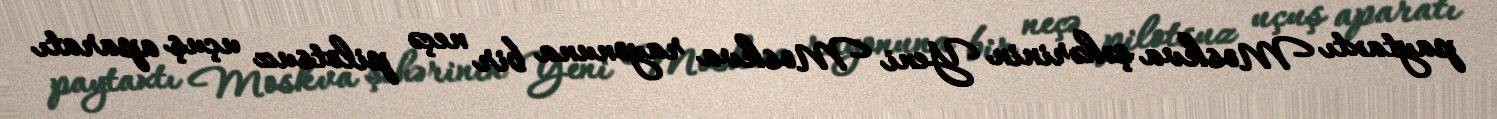
paytaxtı Moskva şəhərinin Yeni Moskva rayonuna bir neçə pilotsuz uçuş aparatı